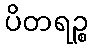
ပိတရဉ္စ